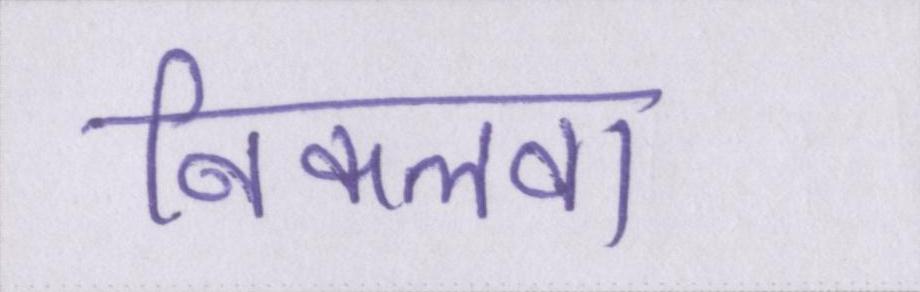
निकलवा